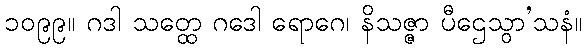
၁၀၉၉။ ဂဒါ သတ္ထေ ဂဒေါ ရောဂေ၊ နိသဇ္ဇာ ပီဌေသွာ’သနံ။